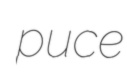
puce